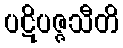
ပဋိပဇ္ဇသီတိ